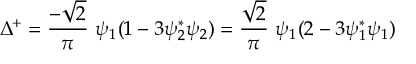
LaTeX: \Delta ^ { + } = \frac { - \sqrt { 2 } } { \pi } ~ \psi _ { 1 } ( 1 - 3 \psi _ { 2 } ^ { * } \psi _ { 2 } ) = \frac { \sqrt { 2 } } { \pi } ~ \psi _ { 1 } ( 2 - 3 \psi _ { 1 } ^ { * } \psi _ { 1 } )